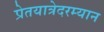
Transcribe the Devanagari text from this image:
प्रेतयात्रेदरम्यान